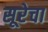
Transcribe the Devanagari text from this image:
सूरेचा